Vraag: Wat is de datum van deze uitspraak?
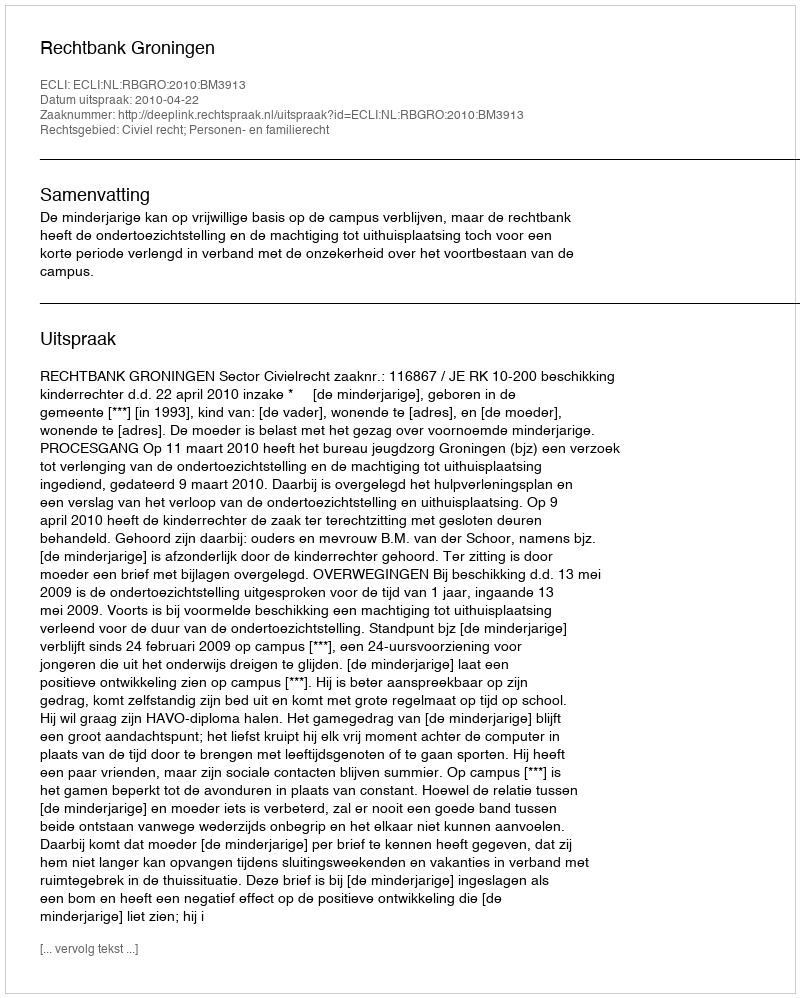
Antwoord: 2010-04-22